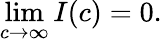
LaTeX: \operatorname*{lim}_{c\to\infty}I(c)=0.